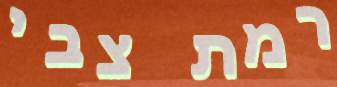
רמת צבי